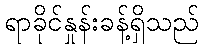
ရာခိုင်နှုန်းခန့်ရှိသည်